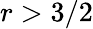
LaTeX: r>3/2